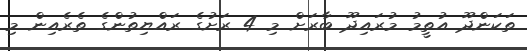
ތަކަންދޫ އުތީމު މުރައިދޫ ބާރަށް މި 4 ރަށުގެ ރައްޔިތުންގެ ތެރެއިން މި